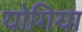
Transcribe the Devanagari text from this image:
योगिया